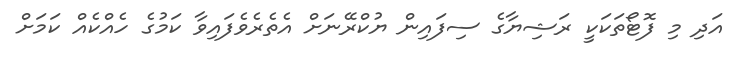
އަދި މި ފޮޓޯތަކަކީ ރަޝިޔާގެ ސިފައިން ޔުކްރޭނަށް އެތެރެވެފައިވާ ކަމުގެ ހެއްކެއް ކަމަށް